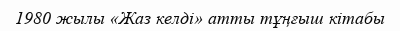
1980 жылы «Жаз келді» атты тұңғыш кітабы